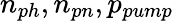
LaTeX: n_{ph},n_{pn},p_{pump}